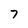
Character: 7